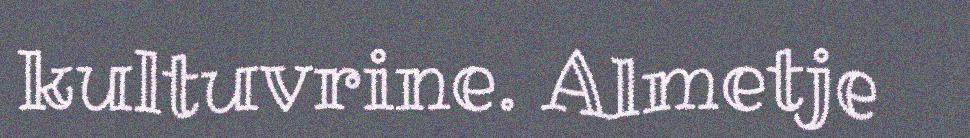
kultuvrine. Almetje